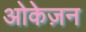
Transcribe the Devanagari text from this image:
ओकेज़न